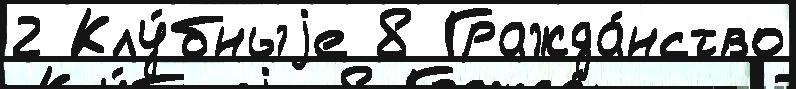
2 Клу́бныjе 8 Гражда́нство